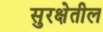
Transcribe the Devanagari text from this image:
सुरक्षेतील